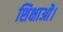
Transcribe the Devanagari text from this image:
शिक्षाओं।